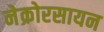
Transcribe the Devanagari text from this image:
नेक्रोरसायन